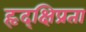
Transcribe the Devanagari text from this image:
हृद्‌क्षिप्रता